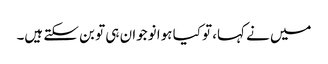
میں نے کہا، تو کیا ہوا نوجوان ہی تو بن سکتے ہیں۔